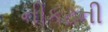
નીકટની